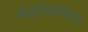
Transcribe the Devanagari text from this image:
बौद्धदेवपरिवार